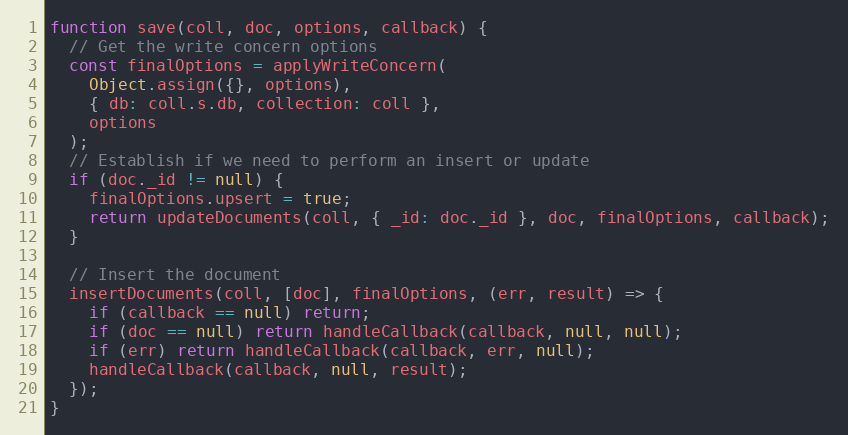
Language: JavaScript
function save(coll, doc, options, callback) {
  // Get the write concern options
  const finalOptions = applyWriteConcern(
    Object.assign({}, options),
    { db: coll.s.db, collection: coll },
    options
  );
  // Establish if we need to perform an insert or update
  if (doc._id != null) {
    finalOptions.upsert = true;
    return updateDocuments(coll, { _id: doc._id }, doc, finalOptions, callback);
  }

  // Insert the document
  insertDocuments(coll, [doc], finalOptions, (err, result) => {
    if (callback == null) return;
    if (doc == null) return handleCallback(callback, null, null);
    if (err) return handleCallback(callback, err, null);
    handleCallback(callback, null, result);
  });
}